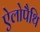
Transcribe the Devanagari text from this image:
ऐलोपैथि